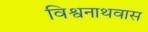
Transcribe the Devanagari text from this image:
विश्वनाथवास